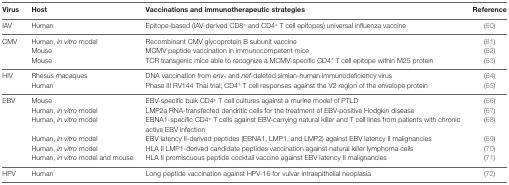
<table><thead><tr><td><b>Virus</b></td><td><b>Host</b></td><td><b>Vaccinations and immunotherapeutic strategies</b></td><td><b>Reference</b></td></tr></thead><tbody><tr><td>IAV</td><td>Human</td><td>Epitope-based (IAV-derived CD8<sup>+</sup> and CD4<sup>+</sup> T cell epitopes) universal influenza vaccine</td><td>(60)</td></tr><tr><td rowspan="3">CMV</td><td>Human, <i>in vitro</i> model</td><td>Recombinant CMV glycoprotein B subunit vaccine</td><td>(61)</td></tr><tr><td>Mouse</td><td>MCMV peptide vaccination in immunocompetent mice</td><td>(62)</td></tr><tr><td>Mouse</td><td>TCR transgenic mice able to recognize a MCMV-specific CD4<sup>+</sup> T cell epitope within M25 protein</td><td>(63)</td></tr><tr><td rowspan="2">HIV</td><td>Rhesus macaques</td><td>DNA vaccination from <i>env-</i> and <i>nef-</i>deleted simian-human immunodeficiency virus</td><td>(64)</td></tr><tr><td>Human</td><td>Phase III RV144 Thai trial; CD4<sup>+</sup> T cell responses against the V2 region of the envelope protein</td><td>(65)</td></tr><tr><td rowspan="6">EBV</td><td>Mouse</td><td>EBV-specific bulk CD4<sup>+</sup> T cell cultures against a murine model of PTLD</td><td>(66)</td></tr><tr><td>Human, <i>in vitro</i> model</td><td>LMP2a RNA-transfected dendritic cells for the treatment of EBV-positive Hodgkin disease</td><td>(67)</td></tr><tr><td>Human, <i>in vitro</i> model</td><td>EBNA1-specific CD4<sup>+</sup> T cells against EBV-carrying natural killer and T cell lines from patients with chronic active EBV infection</td><td>(68)</td></tr><tr><td>Human, <i>in vitro</i> model</td><td>EBV latency II-derived peptides (EBNA1, LMP1, and LMP2) against EBV latency II malignancies</td><td>(69)</td></tr><tr><td>Human, <i>in vitro</i> model</td><td>HLA II LMP1-derived candidate peptides vaccination against natural killer lymphoma cells</td><td>(70)</td></tr><tr><td>Human, <i>in vitro</i> model and mouse</td><td>HLA II promiscuous peptide cocktail vaccine against EBV latency II malignancies</td><td>(71)</td></tr><tr><td>HPV</td><td>Human</td><td>Long peptide vaccination against HPV-16 for vulvar intraepithelial neoplasia</td><td>(72)</td></tr></tbody></table>